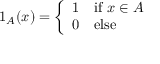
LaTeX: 1 _ { A } ( x ) = { \left\{ \begin{array} { l l } { 1 } & { { \mathrm { i f ~ } } x \in A } \\ { 0 } & { { \mathrm { e l s e } } } \end{array} \right. }